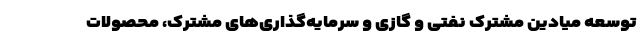
توسعه میادین مشترک نفتی و گازی و سرمایه‌گذاری‌های مشترک، محصولات